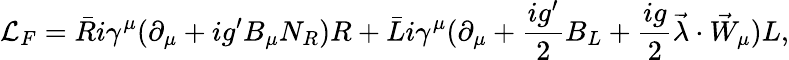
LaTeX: {\cal L}_{F}=\bar{R}i\gamma^{\mu}(\partial_{\mu}+ig^{\prime}B_{\mu}N_{R})R+\bar{L}i\gamma^{\mu}(\partial_{\mu}+\frac{ig^{\prime}}{2}B_{L}+\frac{ig}{2}\vec{\lambda}\cdot\vec{W}_{\mu})L,